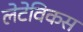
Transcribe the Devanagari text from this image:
लेटेविकस